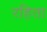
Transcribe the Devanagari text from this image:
रहिता